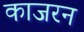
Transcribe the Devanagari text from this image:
काजरन